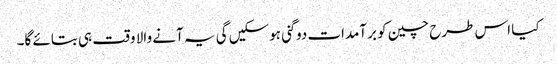
کیا اس طرح چین کو برآمدات دوگنی ہوسکیں گی یہ آنے والا وقت ہی بتائے گا۔